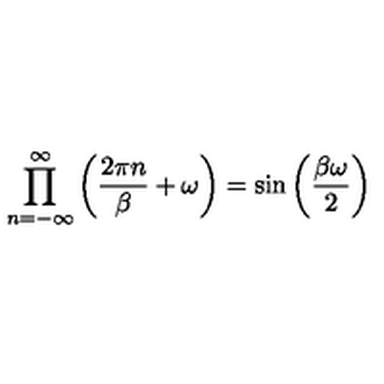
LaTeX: \prod _ { n = - \infty } ^ { \infty } \left( \frac { 2 \pi n } { \beta } + \omega \right) = \sin \left( \frac { \beta \omega } { 2 } \right)